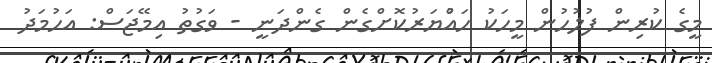
މީގެ ކުރިން ފުލުހުން މީހަކު ހައްުޔަރުކޮށްގެން ގެންދަނީ - ވަގުތު އިމޭޖަސް: އަހުމަދު